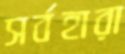
সর্বহারা